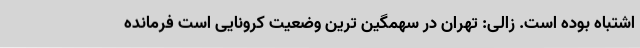
اشتباه بوده است. زالی: تهران در سهمگین‌ ترین وضعیت کرونایی است فرمانده